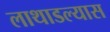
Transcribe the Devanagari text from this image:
लाथाडल्यास